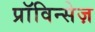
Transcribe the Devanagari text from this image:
प्राॅविन्सेज़